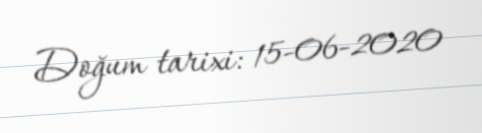
Doğum tarixi: 15-06-2020